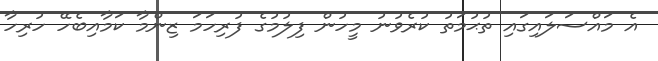
އެ މައްސަލައިގައި ތުޙުމަތު ކުރެވުނު މީހުން ފިލުމުގެ ފުރިހަމަ ޒިންމާ ކަމާއިބެހޭ ހުރިހާ